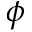
\phi